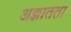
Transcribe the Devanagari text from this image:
अज्ञातता